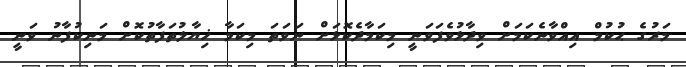
މަރުގެ ޙުކުމް އިއްވާނެކަމަށް ވިދާޅުވެފަވަނީ މިކަމާދެކޮޅަށް ނަވަތަ މިކަމާ ޚިޔާލުތަފާތުކޮށް މަނިކުފާނު ވަނީ